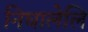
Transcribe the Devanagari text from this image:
निघालेलि